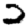
Digit: 2